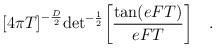
LaTeX: \begin{align*}{\lbrack 4\pi T\rbrack}^{-{D\over 2}}{\rm det}^{-{1\over 2}}\biggl[{{\rm tan}(eFT)\over eFT}\biggr]\quad .\\\end{align*}